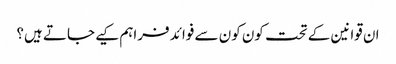
ان قوانین کے تحت کون کون سے فوائد فراہم کیے جاتے ہیں؟